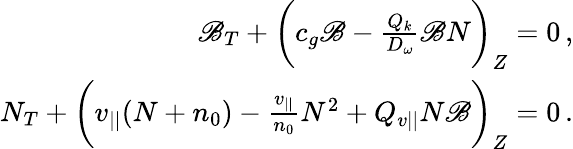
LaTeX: \begin{array}{r}{\mathscr{B}_{T}+\bigg(c_{g}\mathscr{B}-\frac{Q_{k}}{D_{\omega}}\mathscr{B}N\bigg)_{Z}=0\, ,}\\ {N_{T}+\bigg(v_{||}(N+n_{0})-\frac{v_{||}}{n_{0}}N^{2}+Q_{v{||}}N\mathscr{B}\bigg)_{Z}=0\, .}\end{array}